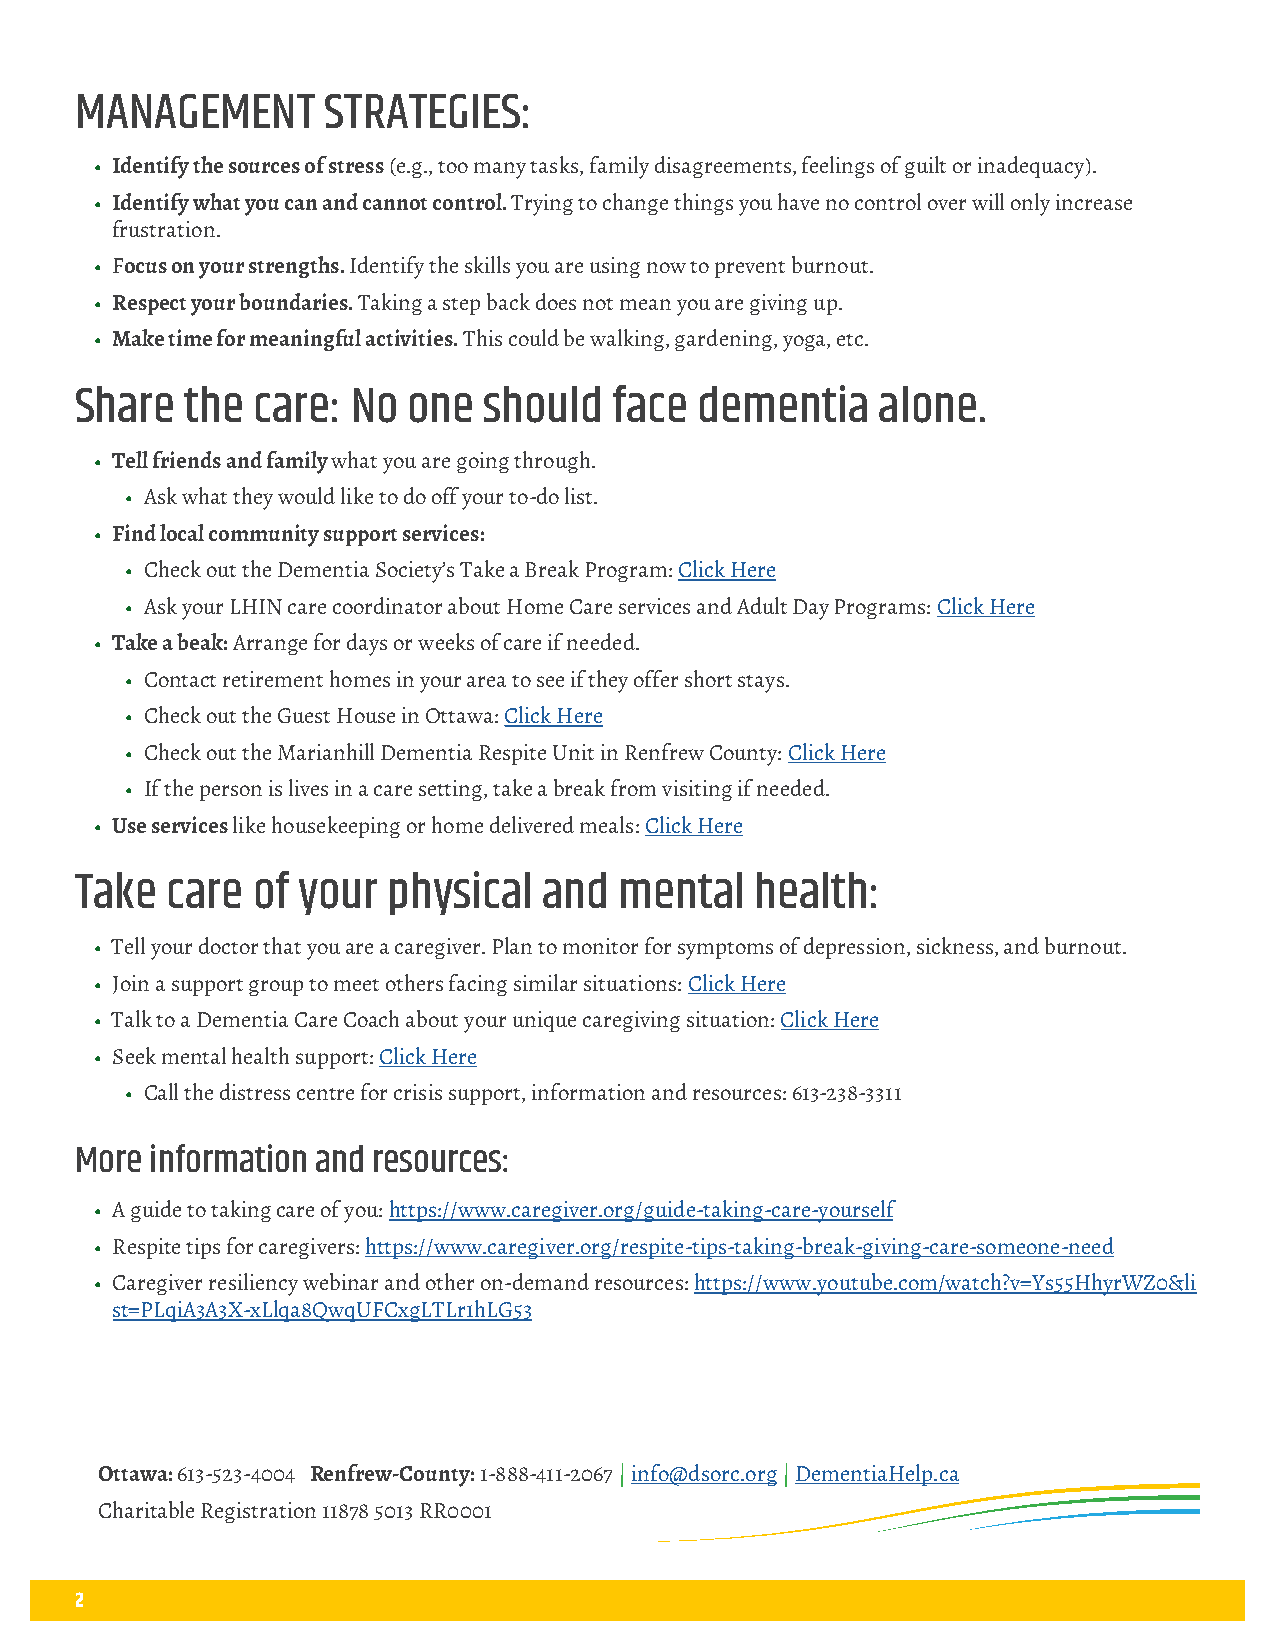
MANAGEMENT      STRATEGIES:
 • Identify the sources of stress (e.g., too many tasks, family disagreements, feelings of guilt or inadequacy).
 • Identify what you can and cannot control. Trying to change things you have no control over will only increase
 frustration.
 • Focus on your strengths. Identify the skills you are using now to prevent burnout.
 • Respect your boundaries. Taking a step back does not mean you are giving up.
 • Make time for meaningful activities. This could be walking, gardening, yoga, etc.
 Share  the  care: No  one  should   face dementia    alone.
 • Tell friends and family what you are going through.
 • Ask what they would like to do off your to-do list.
 • Find local community support services:
 • Check out the Dementia Society’s Take a Break Program: Click Here
 • Ask your LHIN care coordinator about Home Care services and Adult Day Programs: Click Here
 • Take a beak: Arrange for days or weeks of care if needed.
 • Contact retirement homes in your area to see if they offer short stays.
 • Check out the Guest House in Ottawa: Click Here
 • Check out the Marianhill Dementia Respite Unit in Renfrew County: Click Here
 • If the person is lives in a care setting, take a break from visiting if needed.
 • Use services like housekeeping or home delivered meals: Click Here
 Take  care  of your  physical  and  mental   health:
 • Tell your doctor that you are a caregiver. Plan to monitor for symptoms of depression, sickness, and burnout.
 • Join a support group to meet others facing similar situations: Click Here
 • Talk to a Dementia Care Coach about your unique caregiving situation: Click Here
 • Seek mental health support: Click Here
 • Call the distress centre for crisis support, information and resources: 613-238-3311
 More information and resources:
 • A guide to taking care of you: https://www.caregiver.org/guide-taking-care-yourself
 • Respite tips for caregivers: https://www.caregiver.org/respite-tips-taking-break-giving-care-someone-need
 • Caregiver resiliency webinar and other on-demand resources: https://www.youtube.com/watch?v=Ys55HhyrWZ0&li
 st=PLqiA3A3X-xLlqa8QwqUFCxgLTLr1hLG53
 Ottawa: 613-523-4004 Renfrew-County: 1-888-411-2067 | info@dsorc.org | DementiaHelp.ca
 Charitable Registration 11878 5013 RR0001
 2